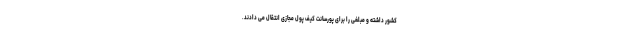
کشور داشته و مبلغی را برای پورسانت کیف پول مجازی انتقال می دادند.